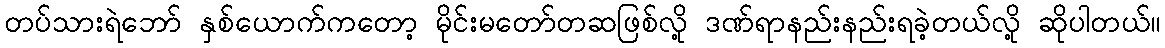
တပ်သားရဲဘော် နှစ်ယောက်ကတော့ မိုင်းမတော်တဆဖြစ်လို့ ဒဏ်ရာနည်းနည်းရခဲ့တယ်လို့ ဆိုပါတယ်။